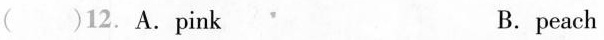
()12.A.pink B.peach